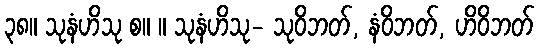
၃၈။ သုနံဟိသု စ။ ။ သုနံဟိသု- သုဝိဘတ်, နံဝိဘတ်, ဟိဝိဘတ်